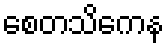
စေတသိကေန